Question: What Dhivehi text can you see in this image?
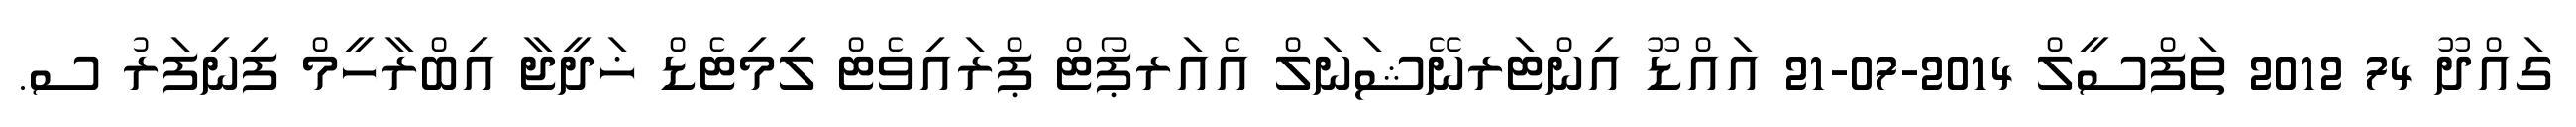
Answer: ގައްދޫ 74 2012 ތަފްސީލް 2014-07-21 އައްޑޫ އިންޓަރނޭޝަނަލް އެއަރޕޯޓް ޕްރައިވެޓް ލިމިޓެޑް ޚަދީޖާ އިބްރާހީމް ފިނިފަރު ސ.